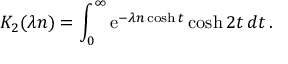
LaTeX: K _ { 2 } ( \lambda n ) = \int _ { 0 } ^ { \infty } \mathrm { e } ^ { - \lambda n \cosh t } \cosh 2 t \, d t \, .